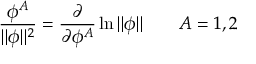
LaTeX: \frac { \phi ^ { A } } { | | \phi | | ^ { 2 } } = \frac \partial { \partial \phi ^ { A } } \ln | | \phi | | \quad \quad A = 1 , 2